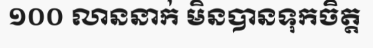
១០០ លាននាក់ មិនបានទុកចិត្ត